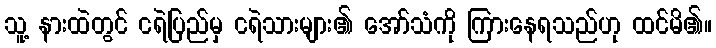
သူ့ နားထဲတွင် ငရဲပြည်မှ ငရဲသားများ၏ အော်သံကို ကြားနေရသည်ဟု ထင်မိ၏။